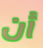
أن